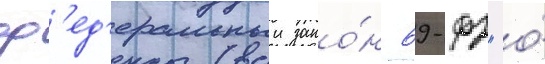
ф'ед'еральныи зако́н 69-фз "о́